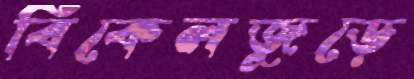
বিকেলজুড়ে